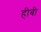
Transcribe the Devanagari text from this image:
हीबी